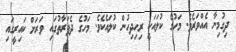
ދިގުމިނާ އެއްވަރެވެ. މަހުގެ ކުލައަކީ ރިހިދިހުން ކުލައެކެވެ. މަހުގެ ދެފަރާތުގައި ވަރަށް ކައިރީގައި